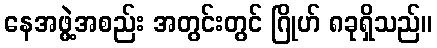
နေအဖွဲ့အစည်း အတွင်းတွင် ဂြိုဟ် ၈ခုရှိသည်။